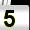
Digit: 5